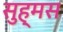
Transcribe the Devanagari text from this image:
सुह्मस